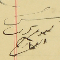
رىس ىعوم دىب العارح